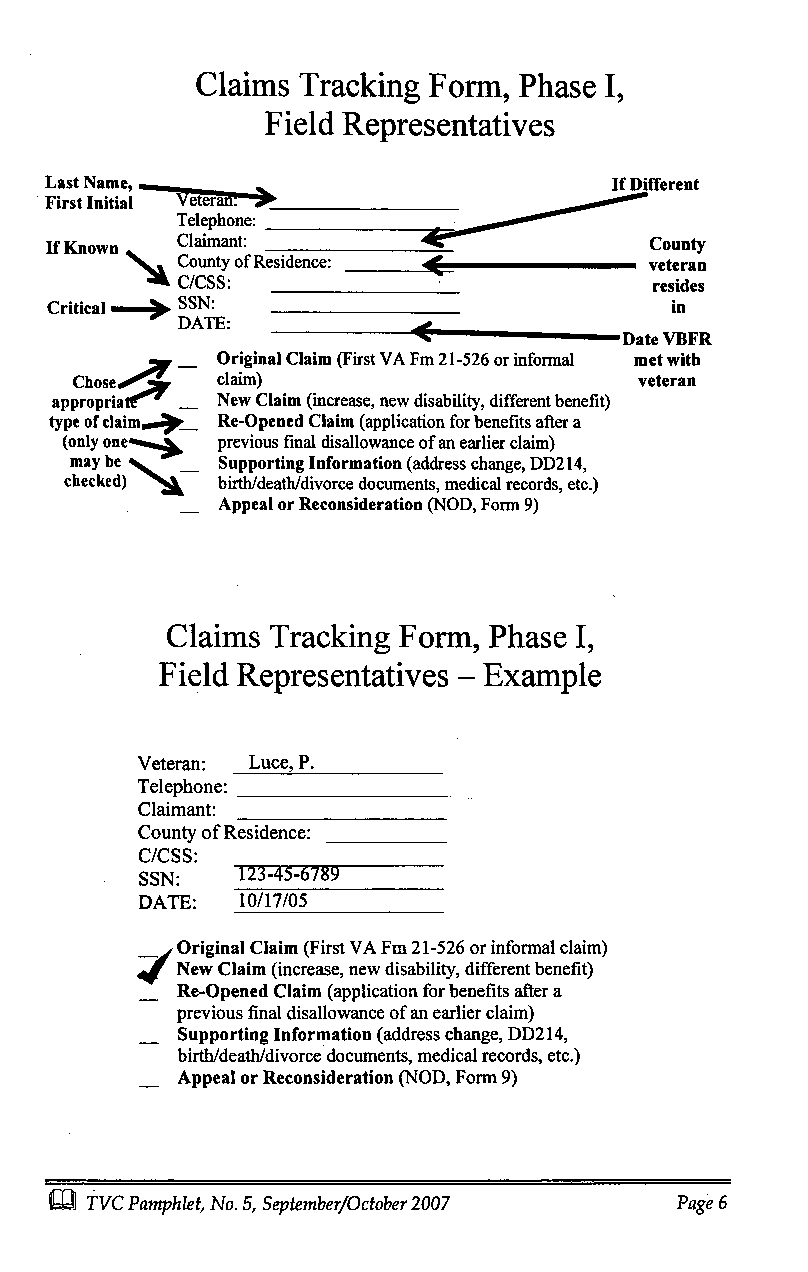
Claims Tracking Form, Phase I,
 Field Representatives
 Last Name,                            If Different
 First Initial____________
 Telephone:
 If Known Claimant:                      County
 County of Residence:           veteran
 C/CSS:                         resides
 Critical .> SSN:                         in
 DATE:
 Date VBFR
 Original Claim (First VA Fm 21-526 or informal met with
 Chose    claim)                      veteran
 appropria -_ New Claim (increase, new disability, different benefit)
 type of claim Re-Opened Claim (application for benefits after a
 (only one m. previous final disallowance of an earlier claim)
 may be __ Supporting Information (address change, DD214,
 checked)  birth/death/divorce documents, medical records, etc.)
 Appeal or Reconsideration (NOD, Form 9)
 Claims Tracking Form, Phase I,
 Field Representatives - Example
 Veteran: Luce, P.
 Telephone:
 Claimant:
 County of Residence:
 C/CSS:
 SSN:   123-45-6789
 DATE:  10/17/05
 Original Claim (First VA Fm 21-526 or informal claim)
 New Claim (increase, new disability, different benefit)
 Re-Opened Claim (application for benefits after a
 previous final disallowance of an earlier claim)
 Supporting Information (address change, DD214,
 birth/death/divorce documents, medical records, etc.)
 Appeal or Reconsideration (NOD, Form 9)
 -
 0 TVC Pamphlet, No. 5, September/October 2007
 Page 6